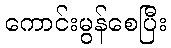
ကောင်းမွန်စေပြီး